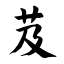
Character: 芨